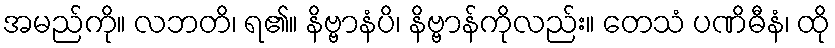
အမည်ကို။ လဘတိ၊ ရ၏။ နိဗ္ဗာနံပိ၊ နိဗ္ဗာန်ကိုလည်း။ တေသံ ပဏိဓီနံ၊ ထို